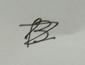
Signature authenticity: forged